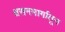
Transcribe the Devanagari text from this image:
श्वसनमार्गातून